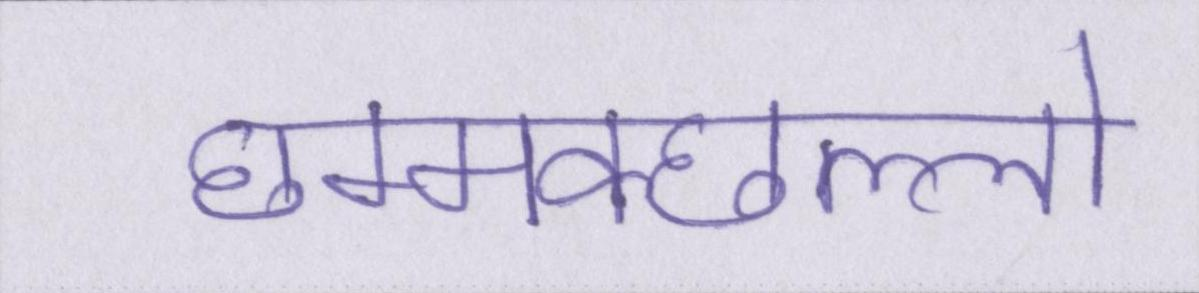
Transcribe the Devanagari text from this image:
छम्मक्छल्लो